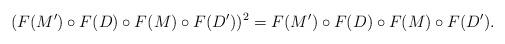
LaTeX: \begin{align*} (F(M') \circ F(D)\circ F(M)\circ F(D'))^2 &=F(M') \circ F(D)\circ F(M)\circ F(D'). \end{align*}